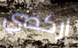
اركضي